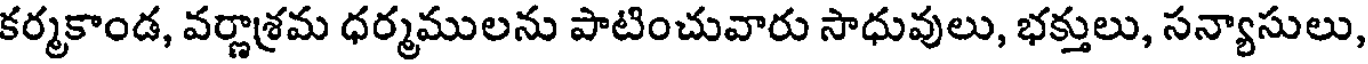
కర్మకాండ, వర్ణాశ్రమ ధర్మములను పాటించువారు సాధువులు, భక్తులు, సన్యాసులు,